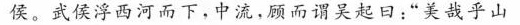
侯。武侯浮西河而下，中流，顾而谓吴起曰:“美哉乎山